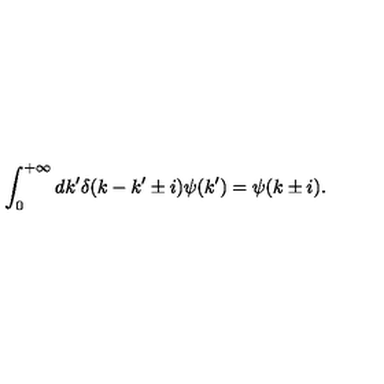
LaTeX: \int _ { 0 } ^ { + \infty } d k ^ { \prime } \delta ( k - k ^ { \prime } \pm i ) \psi ( k ^ { \prime } ) = \psi ( k \pm i ) .